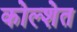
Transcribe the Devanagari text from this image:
कोल्शेत